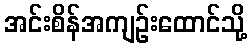
အင်းစိန်အကျဉ်းထောင်သို့